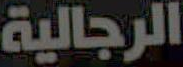
الرجالية